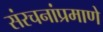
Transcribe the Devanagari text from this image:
संरचनांप्रमाणे